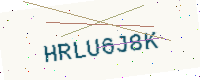
Text: HRLU6J8K